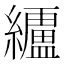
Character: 𮉗